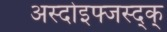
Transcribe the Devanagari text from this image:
अस्दोइफ्जस्द्क्